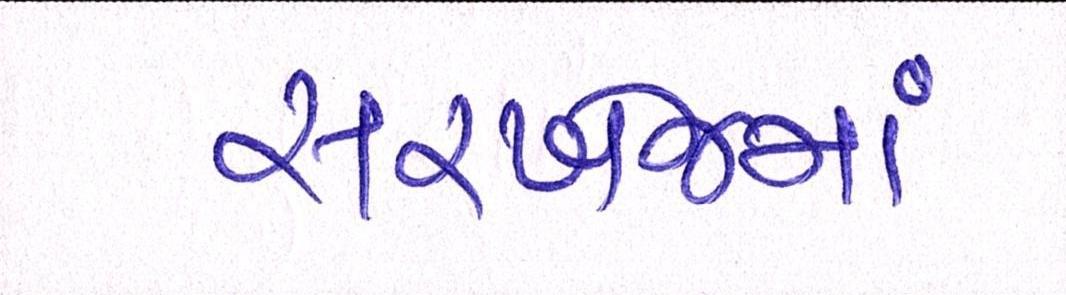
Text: સરખેજમાં